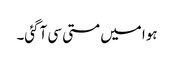
ہوا میں مستی سی آگئی۔